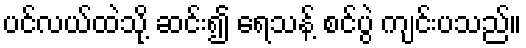
ပင်လယ်ထဲသို့ ဆင်း၍ ရေသန့် စင်ပွဲ ကျင်းပသည်။